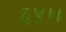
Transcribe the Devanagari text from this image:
६४।।